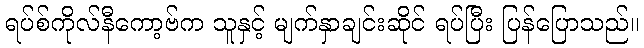
ရပ်စ်ကိုလ်နီကော့ဗ်က သူနှင့် မျက်နှာချင်းဆိုင် ရပ်ပြီး ပြန်ပြောသည်။